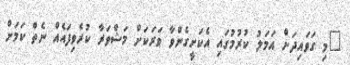
"މި ގަވައިދަށް އަމަލު ކުރުމުގައި އެކަށީގެންވާ ވަރަކަށް މަޝްވަރާ ކުރެވިފައެއް ނެތް ކަމަށް